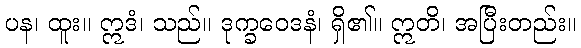
ပန၊ ထူး။ ဣဒံ၊ သည်။ ဒုက္ခဝေဒနံ၊ ရှိ၏။ ဣတိ၊ အပြီးတည်း။